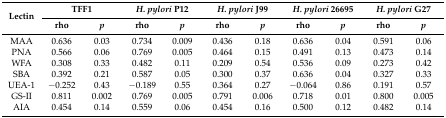
| <ROWSPAN=2> Lectin | <COLSPAN=2> TFF1 | <COLSPAN=2> H. pylori P12 | <COLSPAN=2> H. pylori J99 | <COLSPAN=2> H. pylori 26695 | <COLSPAN=2> H. pylori G27 |
 | rho | p | rho | p | rho | p | rho | p | rho | p |
 | --- | --- | --- | --- | --- | --- | --- | --- | --- | --- | --- |
 | MAA | 0.636 | 0.03 | 0.734 | 0.009 | 0.436 | 0.18 | 0.636 | 0.04 | 0.591 | 0.06 |
 | PNA | 0.566 | 0.06 | 0.769 | 0.005 | 0.464 | 0.15 | 0.491 | 0.13 | 0.473 | 0.14 |
 | WFA | 0.308 | 0.33 | 0.482 | 0.11 | 0.209 | 0.54 | 0.536 | 0.09 | 0.273 | 0.42 |
 | SBA | 0.392 | 0.21 | 0.587 | 0.05 | 0.300 | 0.37 | 0.636 | 0.04 | 0.327 | 0.33 |
 | UEA-1 | −0.252 | 0.43 | −0.189 | 0.55 | 0.364 | 0.27 | −0.064 | 0.86 | 0.191 | 0.57 |
 | GS-II | 0.811 | 0.002 | 0.769 | 0.005 | 0.791 | 0.006 | 0.718 | 0.01 | 0.800 | 0.005 |
 | AIA | 0.454 | 0.14 | 0.559 | 0.06 | 0.454 | 0.16 | 0.500 | 0.12 | 0.482 | 0.14 |